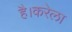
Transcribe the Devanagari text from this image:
है।करेला